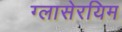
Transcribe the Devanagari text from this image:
ग्लासेरयिम